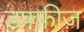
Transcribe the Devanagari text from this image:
डफ्फ़ीज़